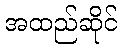
အထည်ဆိုင်